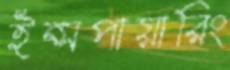
ইন্সপায়ারিং